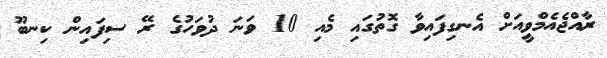
ރާއްޖެއެމްވީއަށް އެނގިފައިވާ ގޮތުގައި މެއި 10 ވަނަ ދުވަހުގެ ރޭ ސިފައިން ކިނބޫ